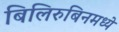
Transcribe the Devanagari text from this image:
बिलिरुबिनमध्ये